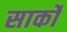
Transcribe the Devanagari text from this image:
सार्को